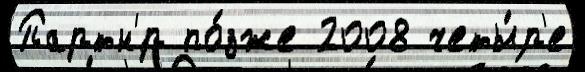
Партн'́р по́зже 2008 четы́р'е